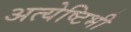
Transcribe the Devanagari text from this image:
अत्येष्टिभी